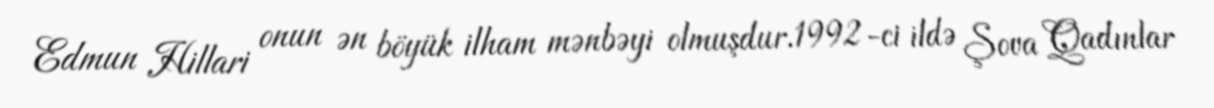
Edmun Hillari onun ən böyük ilham mənbəyi olmuşdur.1992-ci ildə Şova Qadınlar